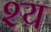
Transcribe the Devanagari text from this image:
श्य